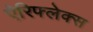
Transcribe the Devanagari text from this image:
ऐरिफ्लेक्स